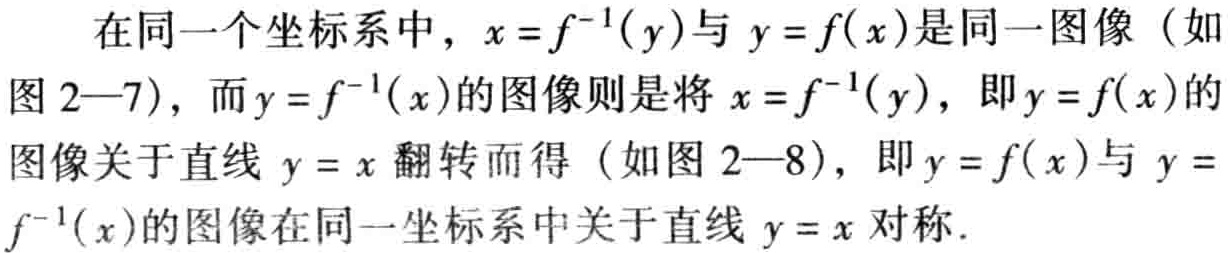
在同一个坐标系中，\(x = f^{-1}(y)\)与\(y = f(x)\)是同一图像（如图 2—7），而\(y = f^{-1}(x)\)的图像则是将\(x = f^{-1}(y)\)，即\(y = f(x)\)的图像关于直线 \(y = x\)翻转而得（如图 2—8），即\(y = f(x)\)与 \(y = f^{-1}(x)\)的图像在同一坐标系中关于直线 \(y = x\)对称.